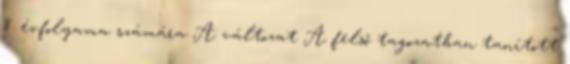
8. évfolyama számára A változat A felső tagozatban tanított